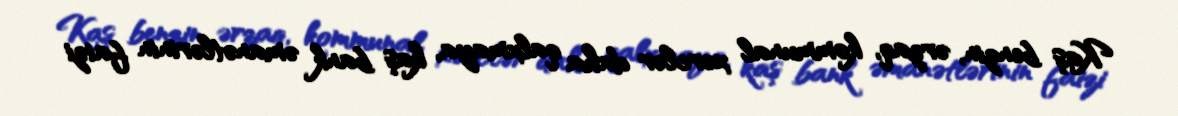
Kaş benzin, ərzaq, kommunal xərclər daha qalxmaya, kaş bank əmanətlərinin faizi